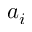
a _ { i }